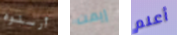
أرسلوه إيمت أعلم